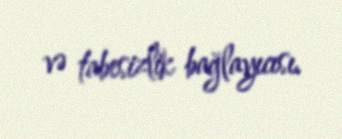
və tabesizlik bağlayıcısı.